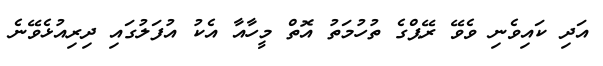
އަދި ކައިވެނި ވެވޭ ރޭޕްގެ ތުހުމަތު އޮތް މީހާއާ އެކު އުފަލުގައި ދިރިއުޅެވޭނެ